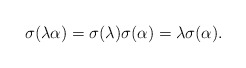
\begin{align*}\sigma(\lambda\alpha)=\sigma(\lambda)\sigma(\alpha)=\lambda\sigma(\alpha).\end{align*}